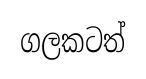
ගලකටත්